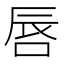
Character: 唇